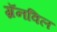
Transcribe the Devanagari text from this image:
ग्रॅनविल